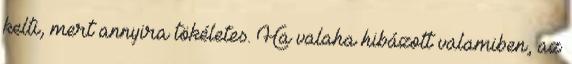
kelti, mert annyira tökéletes. Ha valaha hibázott valamiben, az